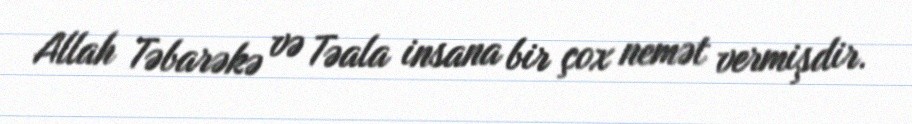
Allah Təbarəkə və Təala insana bir çox nemət vermişdir.